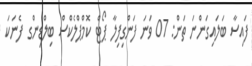
ފައިސާ ބަލައިގަންނަ ތަން: 07 ވަނަ ފަންގިފިލާ ޕޯޓް ކޮމްޕްލެކްސް ބިލްޑިންގ ފެނަކަ